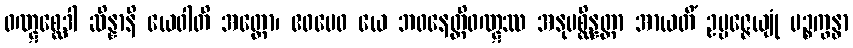
ဝဏ္ဋစ္ဆေဒါ ဆိန္နာနိ ယေဝါတိ အတ္ထော၊ ဧဝမေဝ ယေ ဘဝနေတ္တိဝဏ္ဋဿ အနုပစ္ဆိန္နတ္တာ အာယတိံ ဥပ္ပဇ္ဇေယျုံ ပဉ္စက္ခန္ဓာ